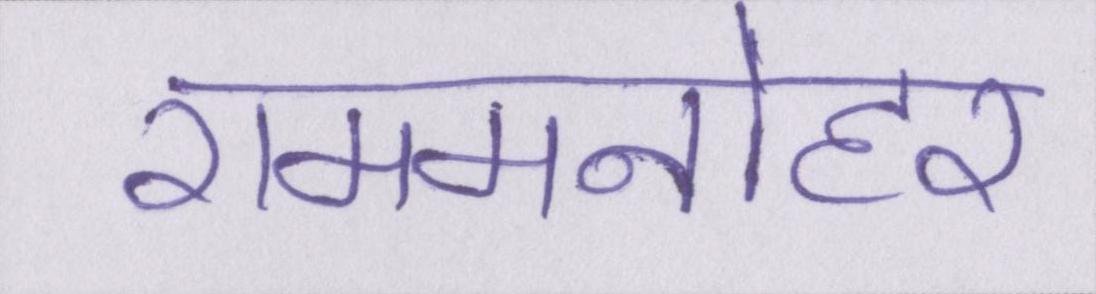
राममनोहर